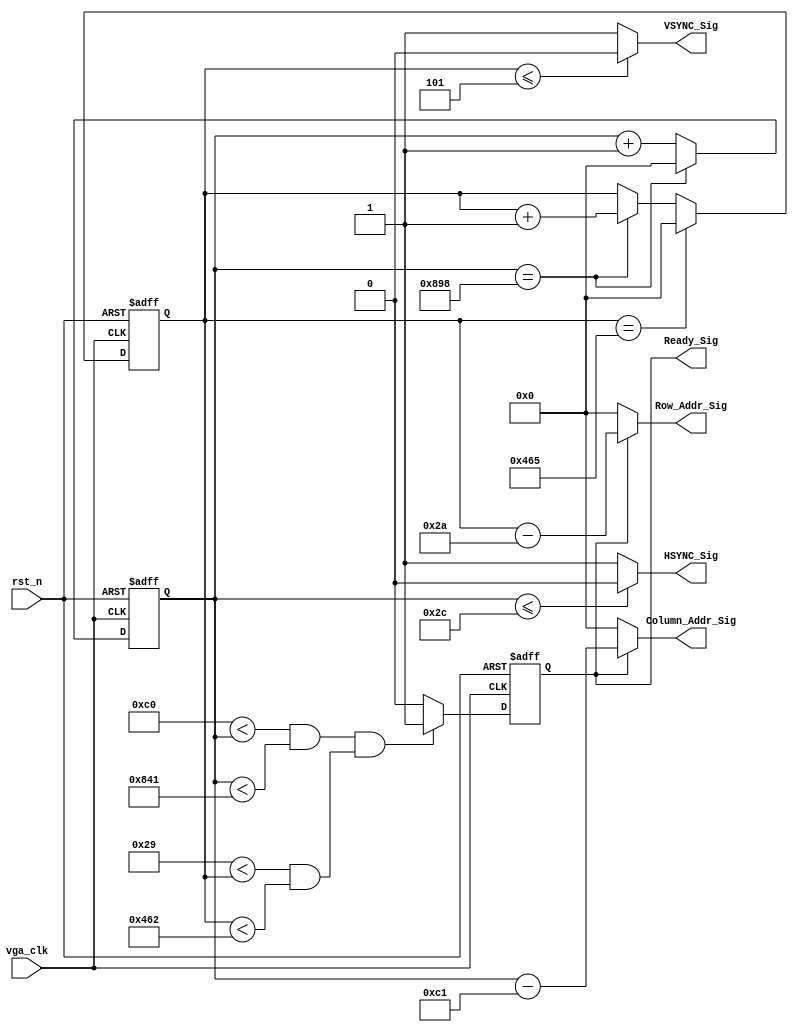

//vga_clk 148.5MHz

module vga_sync_module_1920_1080_60(
    vga_clk,
    rst_n,
    VSYNC_Sig,
    HSYNC_Sig,
    Ready_Sig,
    Column_Addr_Sig,
    Row_Addr_Sig
    );
    
    input vga_clk;
    input rst_n;
    
    output VSYNC_Sig;
    output HSYNC_Sig;
    output Ready_Sig;
    
    output [11:0]Column_Addr_Sig;
    output [11:0]Row_Addr_Sig;
    
    parameter X1 = 12'd44;
    parameter X2 = 12'd148;
    parameter X3 = 12'd1920;
    parameter X4 = 12'd88;
    
    parameter Y1 = 12'd5;
    parameter Y2 = 12'd36;
    parameter Y3 = 12'd1080;
    parameter Y4 = 12'd4;
    
    parameter H_POINT = (X1 + X2 + X3 + X4);
    parameter V_POINT = (Y1 + Y2 + Y3 + Y4);
    
    
    //
    reg [11:0]Count_H;
    
    always @(posedge vga_clk or negedge rst_n) begin
        if (!rst_n)
            Count_H <= 12'd0;
        else if(Count_H == H_POINT)
            Count_H <= 12'd0;
        else
            Count_H <= Count_H + 1'b1;
    end
    
    // 
    reg [11:0]Count_V;
    
    always @(posedge vga_clk or negedge rst_n) begin
        if (!rst_n)
            Count_V <= 12'd0;
        else if (Count_V == V_POINT)
            Count_V <= 12'd0;
        else if (Count_H == H_POINT)
            Count_V <= Count_V + 1'b1;
    end
    
    // 
    parameter X_L = (X1 + X2);
    parameter X_H = (X1 + X2 + X3 + 1);
    
    parameter Y_L = (Y1 + Y2);
    parameter Y_H = (Y1 + Y2 + Y3 + 1);
    
    reg isReady;
    
    always @(posedge vga_clk or negedge rst_n) begin
        if (!rst_n)
            isReady <= 1'b0;
        else if ((X_L < Count_H && Count_H < X_H) && (Y_L < Count_V && Count_V < Y_H))
            isReady <= 1'b1;
        else
            isReady <= 1'b0;
    end
    
    assign HSYNC_Sig = (Count_H <= X1) ? 1'b0 : 1'b1;
    assign VSYNC_Sig = (Count_V <= Y1) ? 1'b0 : 1'b1;
    assign Ready_Sig = isReady;
    
    // xy 0
    assign Column_Addr_Sig = isReady ? Count_H - (X_L + 12'd1) : 11'd0;
    assign Row_Addr_Sig = isReady ? Count_V - (Y_L + 12'd1) : 11'd0;
    
endmodule